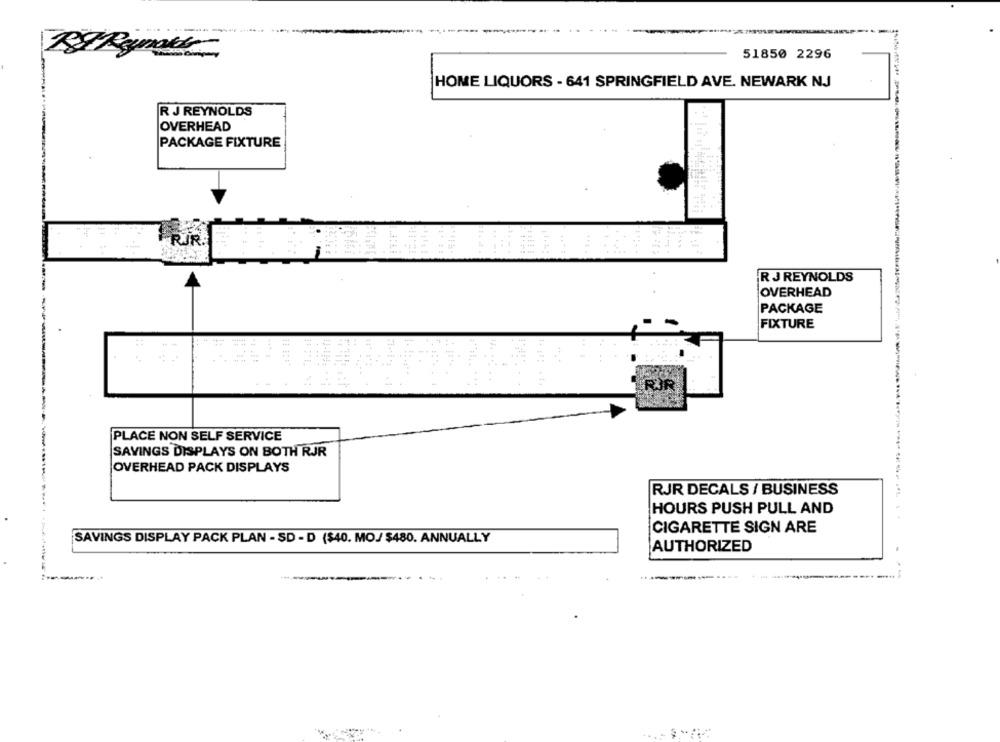
51850 2296
HOME LIQUORS - 641 SPRINGFIELD AVE. NEWARK NJ
R J REYNOLDS
OVERHEAD
PACKAGE FIXTURE
R J REYNOLDS
OVERHEAD
PACKAGE
FIXTURE
PLACE NON SELF SERVICE
SAVINGS DISPLAYS ON BOTH RJR
OVERHEAD PACK DISPLAYS
RJR DECALS / BUSINESS
HOURS PUSH PULL AND
-------- -
CIGARETTE SIGN ARE
SAVINGS DISPLAY PACK PLAN - SD - D ($40. MO/ $480. ANNUALLY
AUTHORIZED
----